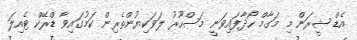
އެޑް ޝީރަން މި މަގާމް ހޯދާފައިވަނީ މަސްހޫރު ލަވަކިޔުންތެރިން ކަމުގައިވާ ޑްރޭކް ޓެއިލަ